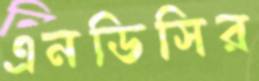
এনডিসির